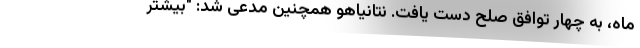
ماه، به چهار توافق صلح دست یافت. نتانیاهو همچنین مدعی شد: "بیشتر